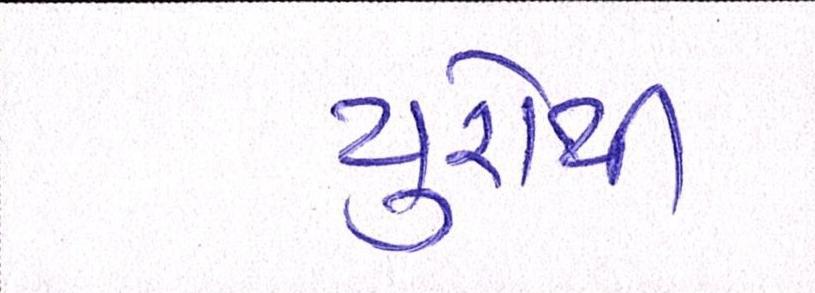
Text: યુરોથી